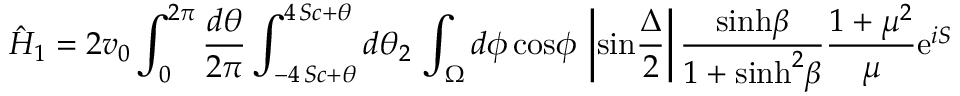
\hat { H } _ { 1 } = 2 v _ { 0 } \int _ { 0 } ^ { 2 \pi } { \frac { d \theta } { 2 \pi } } \int _ { - 4 \, S c + \theta } ^ { 4 \, S c + \theta } d \theta _ { 2 } \, \int _ { \Omega } d \phi \, \mathrm { c o s } \phi \, \left| \mathrm { s i n } { \frac { \Delta } { 2 } } \right| { \frac { \mathrm { s i n h } \beta } { 1 + \mathrm { s i n h } ^ { 2 } \beta } } { \frac { 1 + \mu ^ { 2 } } { \mu } } \mathrm { e } ^ { i S }